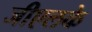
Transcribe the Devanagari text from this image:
जीएलके